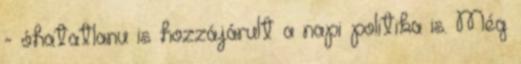
- óhatatlanu is hozzájárult a napi politika is. Még